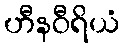
ဟီနဝီရိယံ